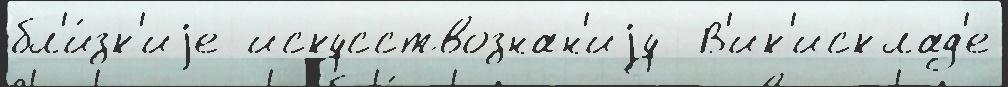
бл'и́зк'иjе искусствознан'иjу  В'ик'исклад'е